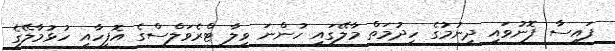
ފައިސާ ފޮނުވައި ދިނުމުގެ ހިދުމަތް މާލޭގައި ހުންނަ ވިލާ ޓްރެވަލްސްގެ އޮފީހާއި ހުޅުމާލޭގެ